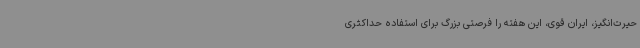
حیرت‌انگیز، ایران قوی، این هفته را فرصتی بزرگ برای استفاده حداکثری